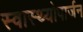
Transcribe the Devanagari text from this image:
स्वास्थ्योपार्जन